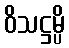
ဝိသဋ္ဌမ္ပိ